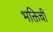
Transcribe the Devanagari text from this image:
भक्तिची